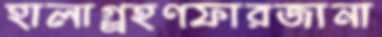
হালাগ্র্রহণফারজানা